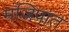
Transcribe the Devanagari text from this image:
मजिपात